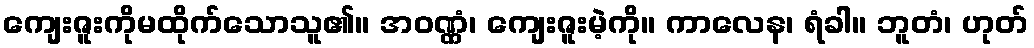
ကျေးဇူးကိုမထိုက်သောသူ၏။ အဝဏ္ဏံ၊ ကျေးဇူးမဲ့ကို။ ကာလေန၊ ရံခါ။ ဘူတံ၊ ဟုတ်